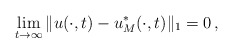
\begin{align*}\lim_{t\to\infty} \|u(\cdot,t)-u^*_M(\cdot,t)\|_1=0\,,\end{align*}